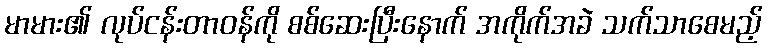
မာမား၏ လုပ်ငန်းတာဝန်ကို စစ်ဆေးပြီးနောက် အကိုက်အခဲ သက်သာစေမည့်